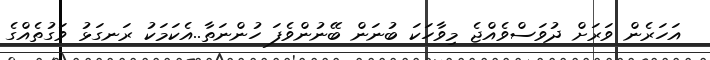
އަހަރެން ވަރަށް ދުވަސްވެއްޖެ މިވާހަކަ ބުނަން ބޭނުންވެފަ ހުންނަތާ..އެކަމަކު ރަނގަޅު ވަގުތެއްގެ